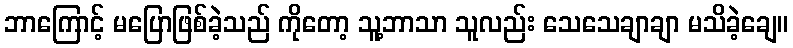
ဘာကြောင့် မပြောဖြစ်ခဲ့သည် ကိုတော့ သူ့ဘာသာ သူလည်း သေသေချာချာ မသိခဲ့ချေ။